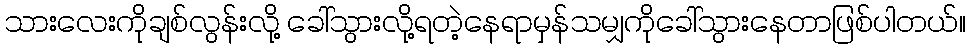
သားလေးကိုချစ်လွန်းလို့ ခေါ်သွားလို့ရတဲ့နေရာမှန်သမျှကိုခေါ်သွားနေတာဖြစ်ပါတယ်။